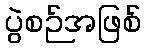
ပွဲစဉ်အဖြစ်